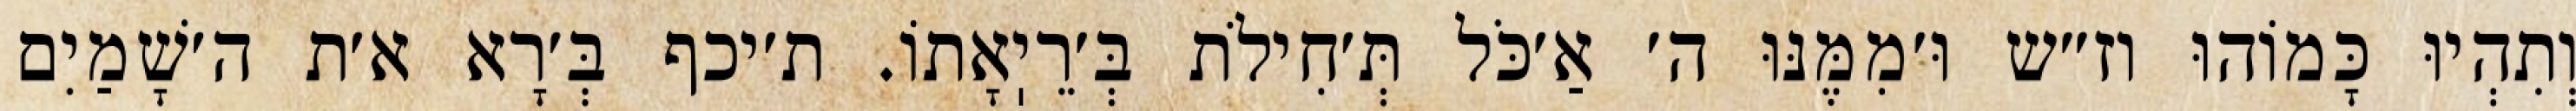
וְתִהְיוּ כָּמוֹהוּ וז״ש וּ׳מִמֶּנּוּ ה׳ אַ׳כֹּל תְּ׳חִילֹת בְּ׳רֵיֽאָתוֹ. ת׳יכף בְּ׳רָא א׳ת ה׳שָׁמַיִם